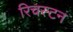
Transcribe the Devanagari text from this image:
रिचस्टन